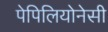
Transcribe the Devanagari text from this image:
पेपिलियोनेसी